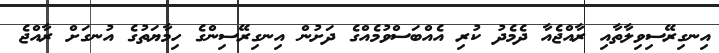
އިނގިރޭސިވިލާތާއި ރާއްޖެއާ ދެމެދު ކުރި އެއްބަސްވުމެއްގެ ދަށުން އިނގިރޭސިންގެ ހިމާޔަތުގެ އުނގަށް ރާއްޖެ